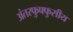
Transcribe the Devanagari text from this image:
अंतरफुफ्फुसीय